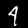
Digit: 4